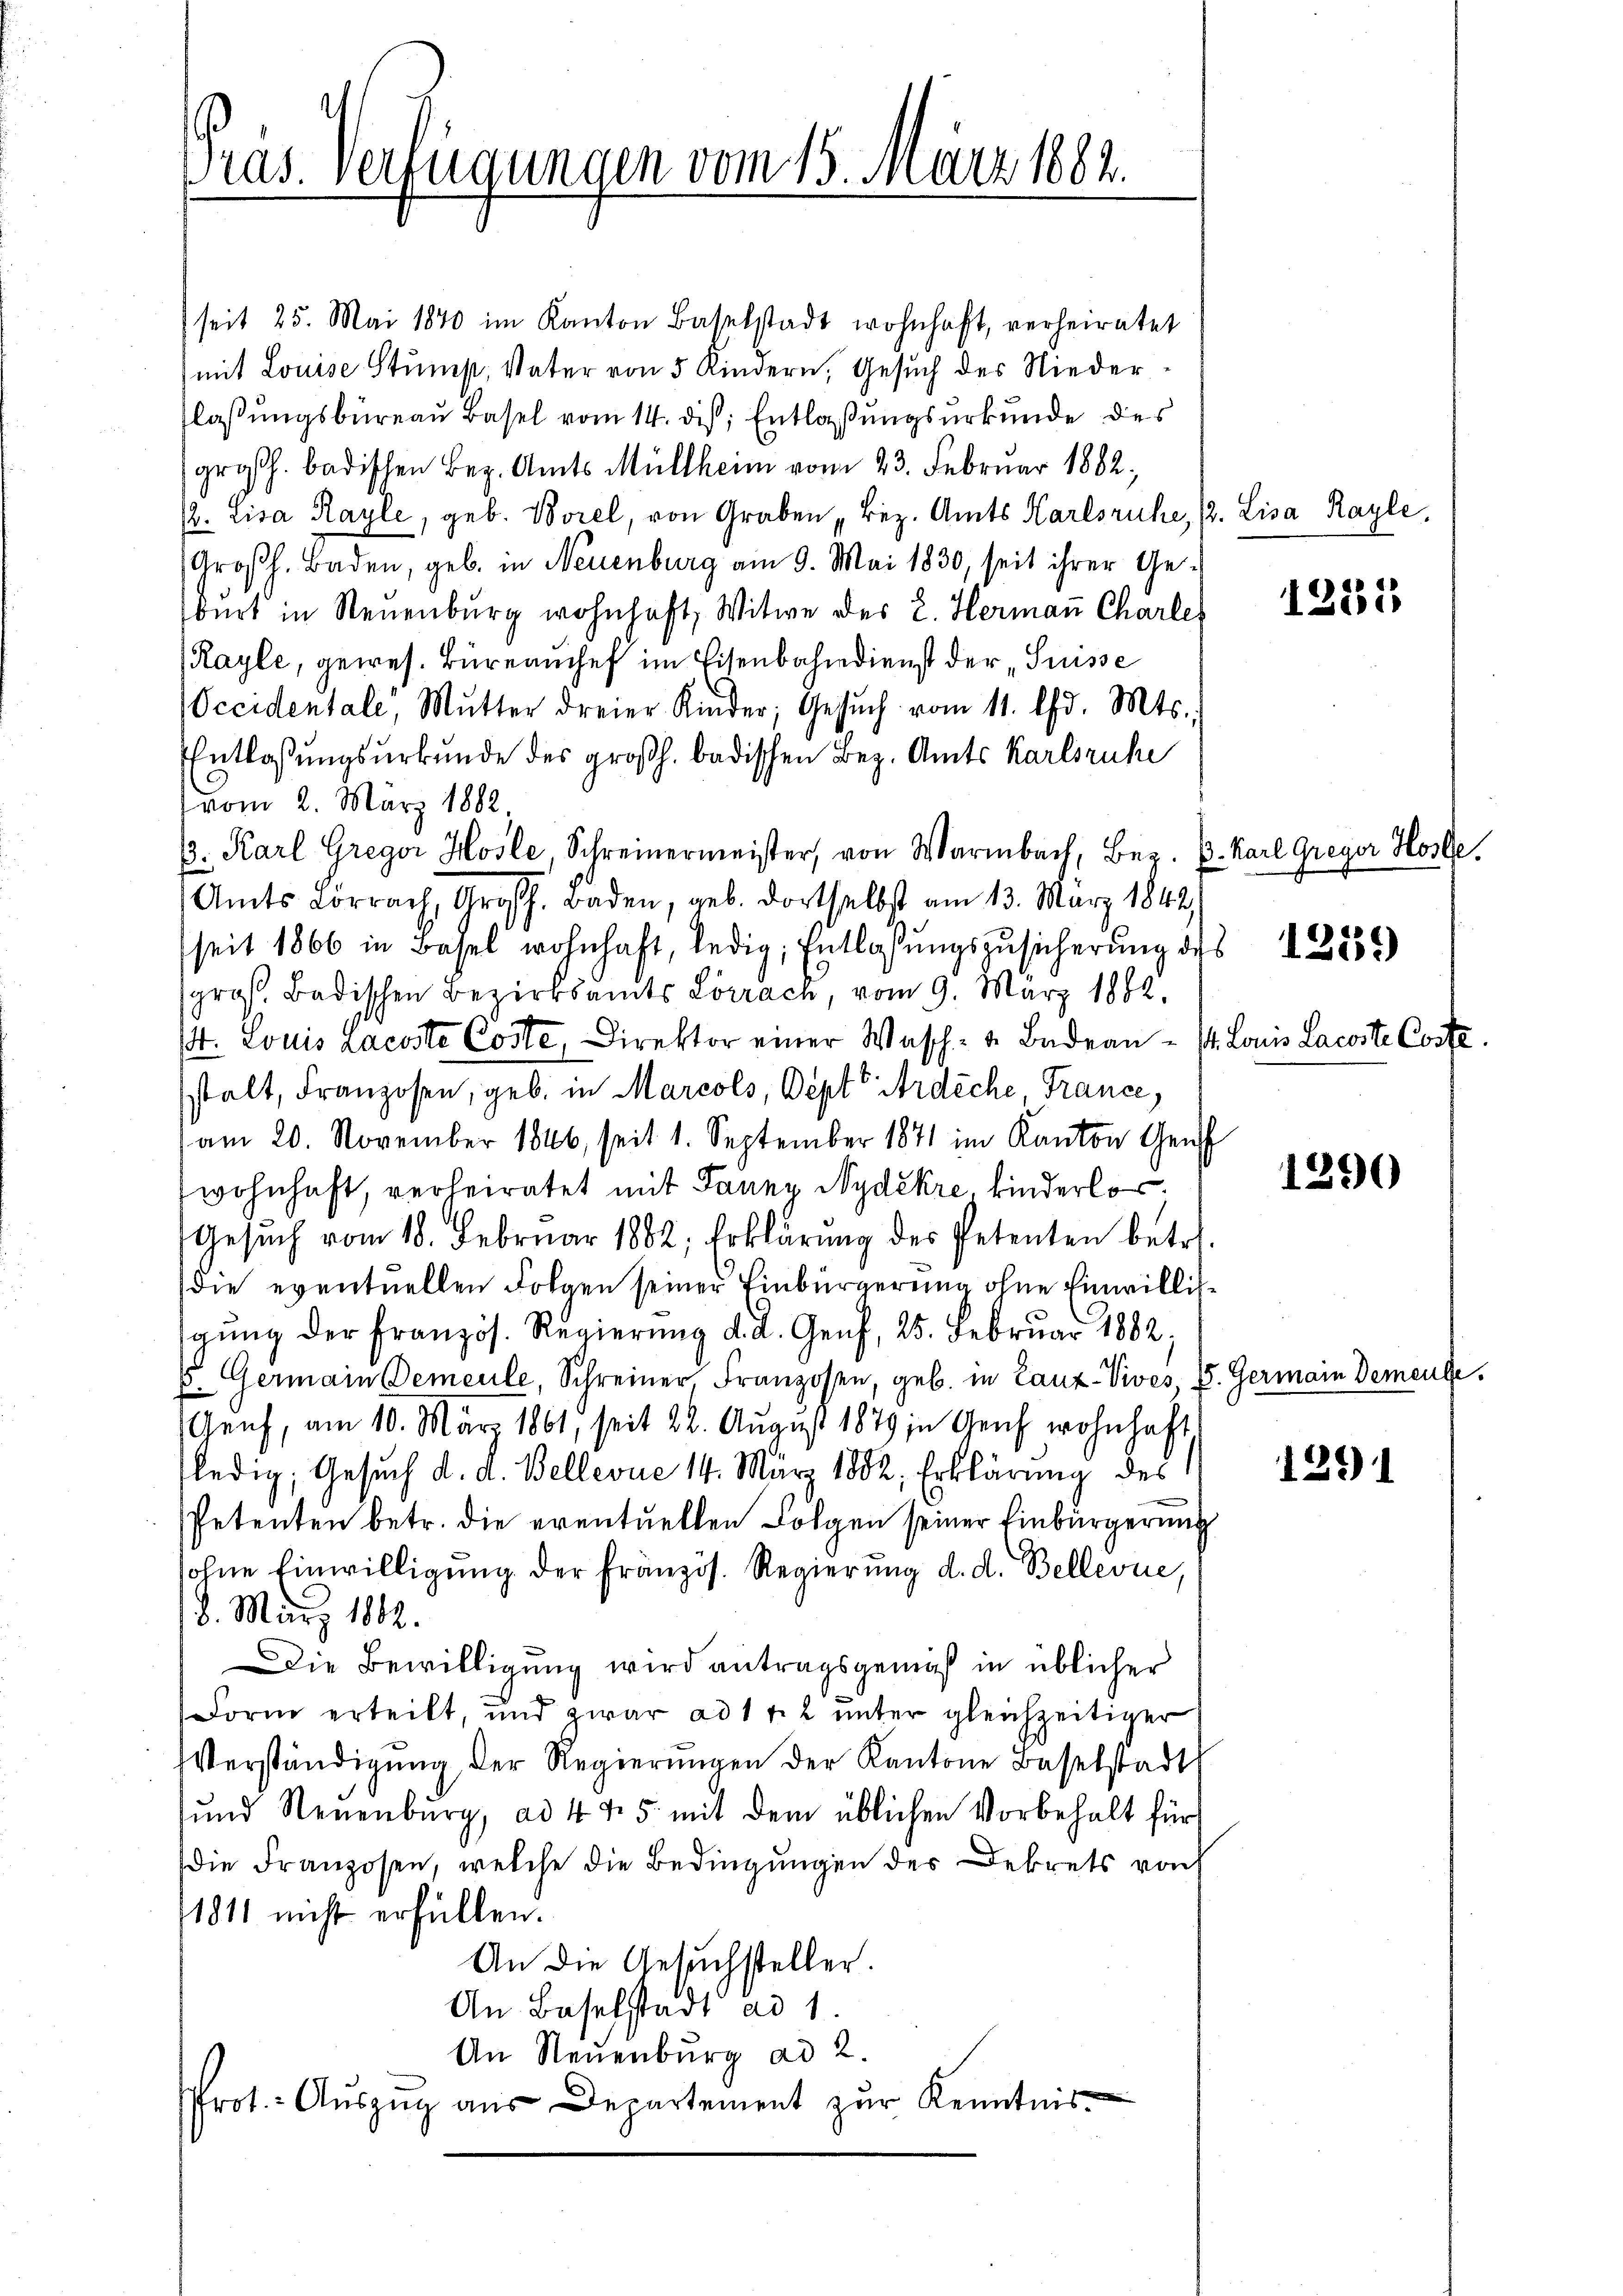
Pras. verfügungen vom 15. März 1882.

seit 25. Mai 1840 im Kanton Baselstadt wohnhaft, verheiratet
mit Louise Stump, Vater von 5 Kindern, Gesuch des Niederflassungsbüreau Basel vom 14. diß; Entlaßungsurkunde des
großh. badischen Bez. Amts Müllheim vom 23. Februar 1882,
/2. Lisa Rayle, geb. Borel, von Graben Bez. Amts Karlsruhe, P. Lisa Rayle
Großh. Baden, geb. in Neuenburg am 9. Mai 1830, seit ihrer Geburt in Neuenburg wohnhaft, Witwe des 2. Herman Charle
Rayle, gewes. Büreanchef im Eisenbahndienst der „Suisse
Occidentale, Mutter dreier Kinder, Gesŭch vom 11. d. Mts.
Entlaßungsurkunde des großh. badischen Bez. Amts Karlsruhe
vom 2. März 1882,
p. Karl Gregor Hosle, Schreinermeister, von Warmbach, Bez. B. Karl Greyer Hose
Amts Vorrach, Großh. Baden, geb. dortselbst am 13. März 1842,
seit 1866 in Basel wohnhaft, ledig, Entlassŭngszusicherŭng des 12252)
groß. Badischen Bezirksamts Lörrach, vom 9. März 1882.
4. Louis Lacoste Coste, Direktor einer Wasch- u. Badean - St. Louis Lacoste Coste.
stalt, Franzosen, geb. in Marcols, Oept" Ardiche France,
am 20. November 1846, seit 1. September 1871 im Kanton Gen
wohnhaft, verheiratet mit Fanny Nydekre kinderlos.
Gesŭch vom 18. Februar 1882, Erklärŭng der Petenten betr.
die eventuellen Folgen seiner Einbürgerung ohne Einwillisgŭng der Französ. Regierŭng d. d. Genf, 25. Februar 1882,
E. Germain Demeule, Schreiner Franzosen, geb. in Lanz-Vives, V. Germain Demente,
Genf, am 10. März 1861, seit 22. August 1879 in Genf wohnhaft
ledig, Gesuch d. d. Bellevue 14. März 1882, Erklärung des
Petenten betr. die eventuellen Folgen seiner Einbürgerung
sohne Einwilligung der französ. Regierung d. d. Bellevue,
8. März 1882.
Die Bewilligung wird antragsgemäß in üblicher
Form erteilt, und zwar ad 1 f. 2 unter gleichzeitiger
Verständigŭng der Regierŭngen der Kantone Baselstadt
sund Neuenburg, ad 445 mit dem üblichen Vorbehalt für
die Franzosen, welche die Bedingungen des Dekrets vo
1811 nicht erfüllen.
An die Gesuchsteller.
An Baselstadt ad 1.
An Neuenburg ad 2.
rot. Auszug aus Departement zur Kenntnis¬

1252

1390

1291